65_HS1-834228961_62-HQ-83894_Serial_164
Agency: FBI
Page 67
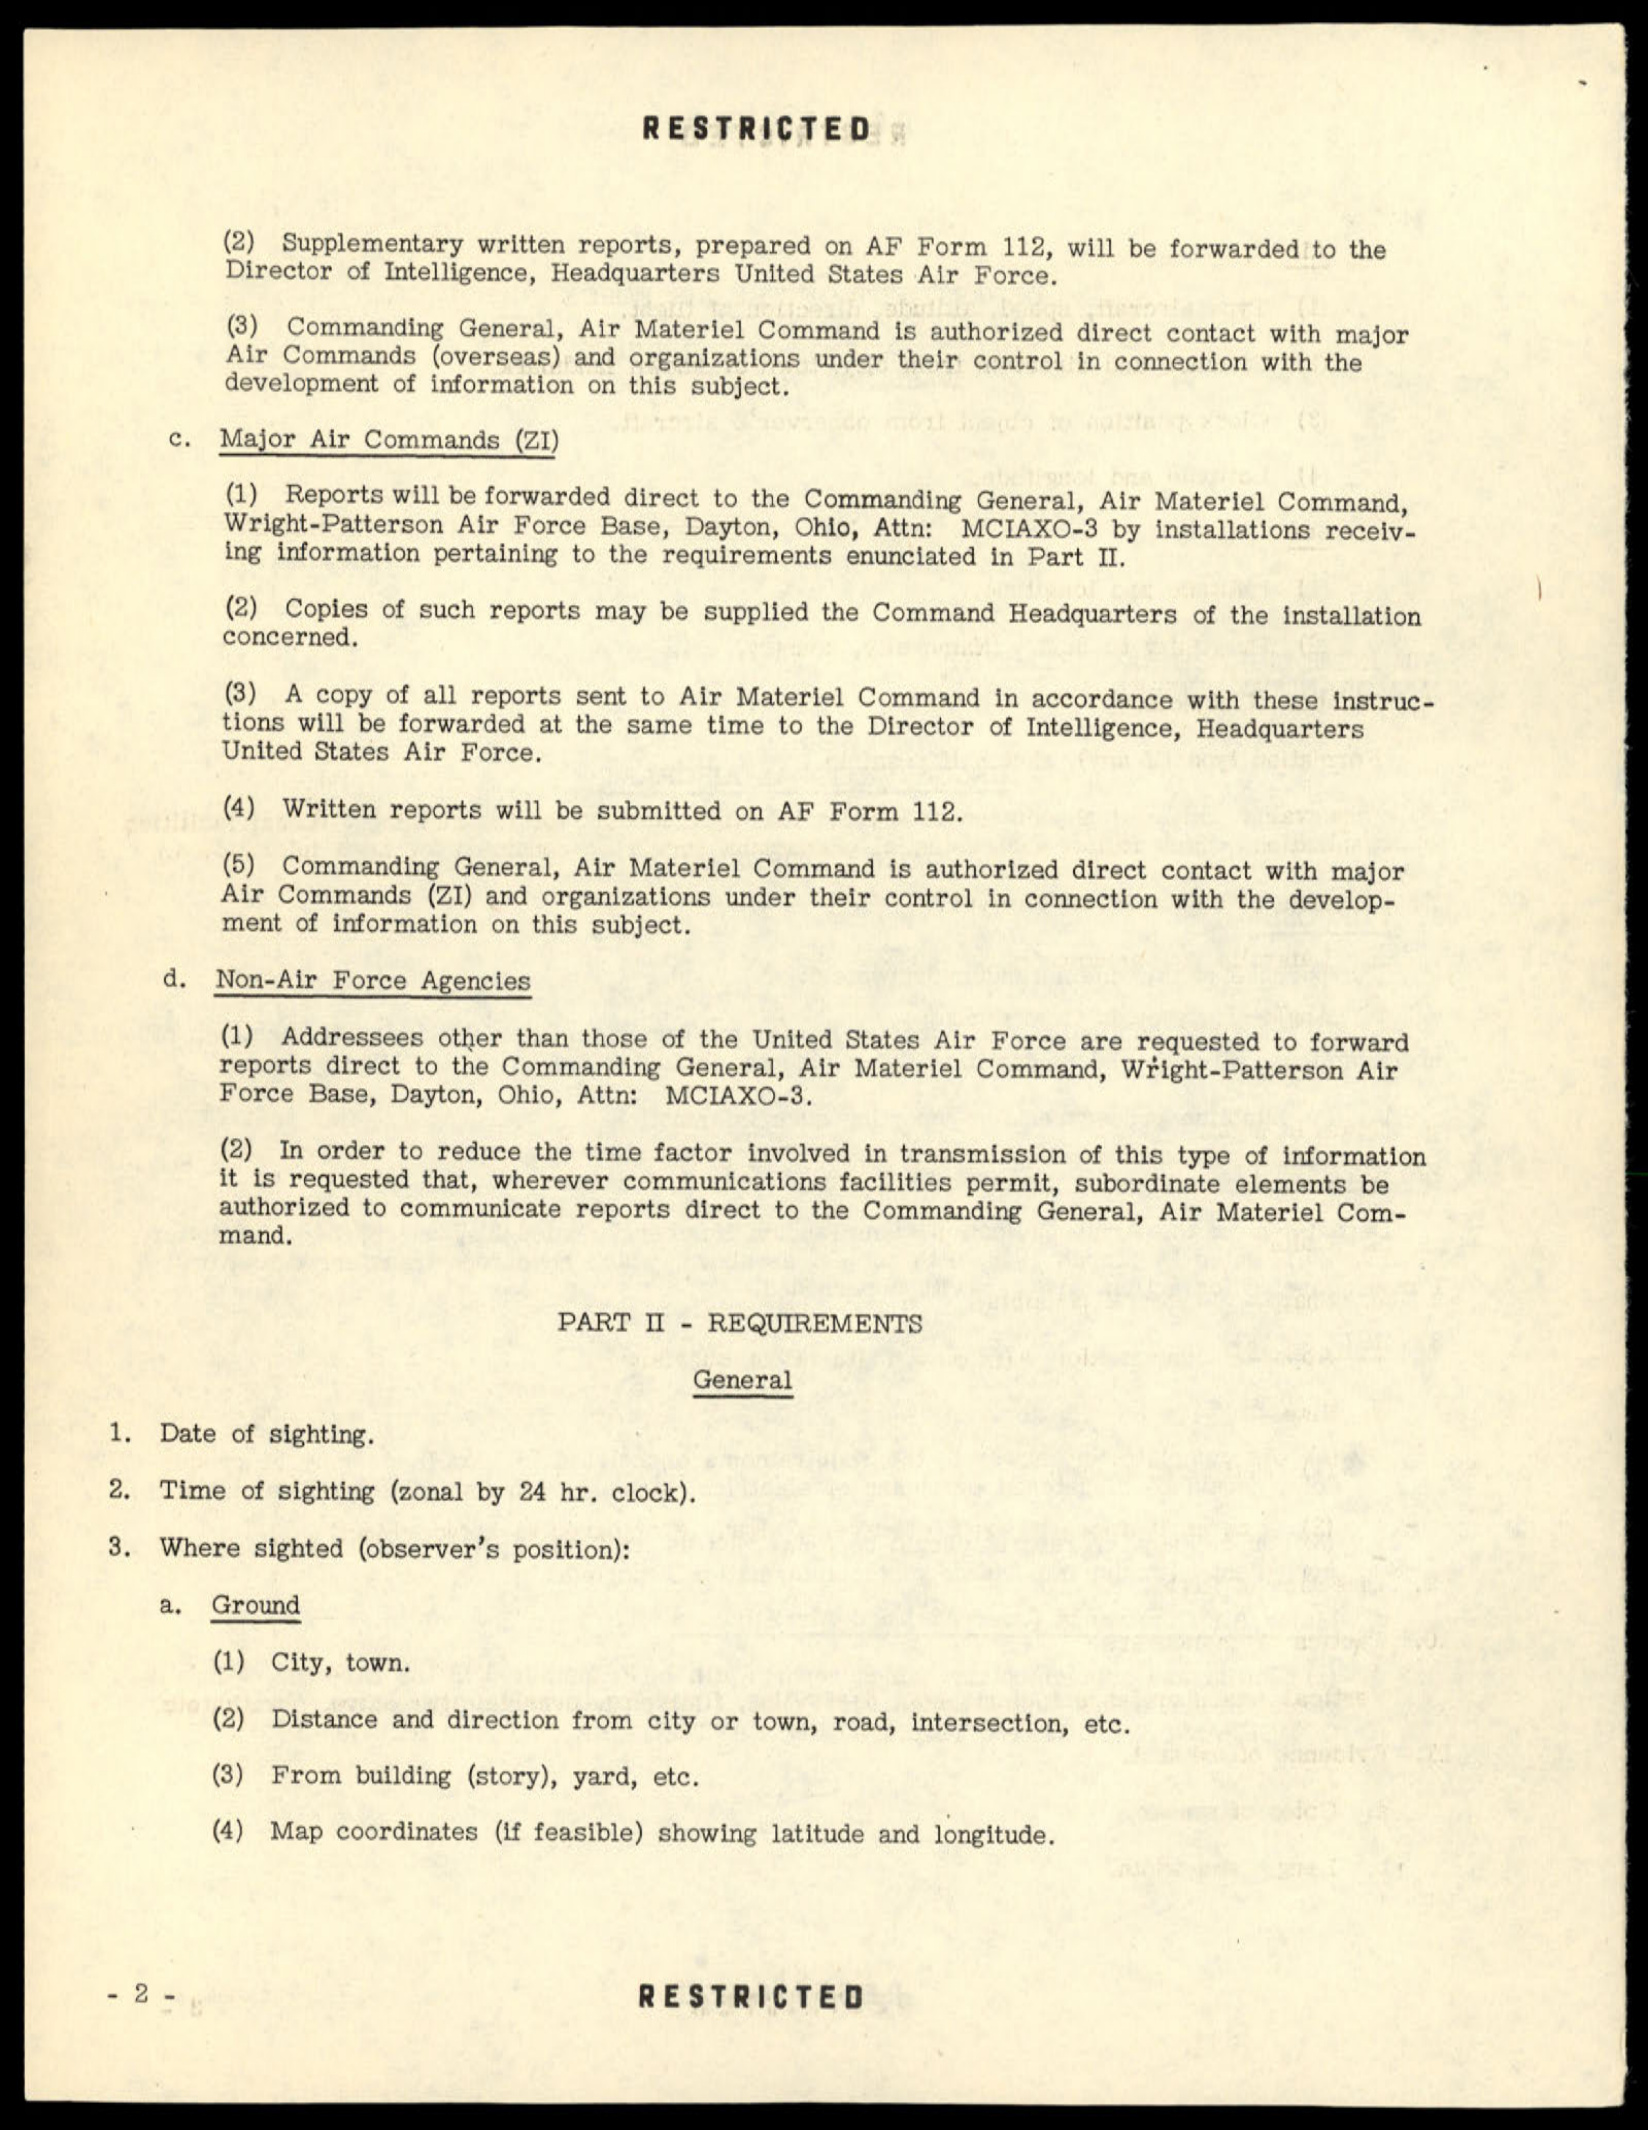